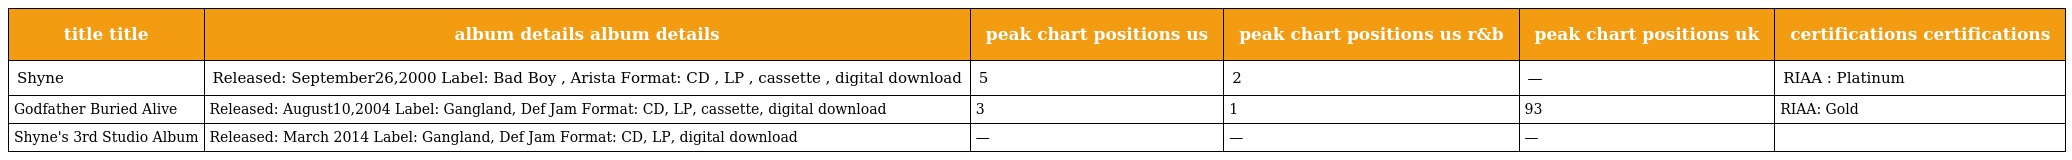
| title title | album details album details | peak chart positions us | peak chart positions us r&b | peak chart positions uk | certifications certifications |
 | --- | --- | --- | --- | --- | --- |
 | Shyne | Released: September26,2000 Label: Bad Boy , Arista Format: CD , LP , cassette , digital download | 5 | 2 | — | RIAA : Platinum |
 | Godfather Buried Alive | Released: August10,2004 Label: Gangland, Def Jam Format: CD, LP, cassette, digital download | 3 | 1 | 93 | RIAA: Gold |
 | Shyne's 3rd Studio Album | Released: March 2014 Label: Gangland, Def Jam Format: CD, LP, digital download | — | — | — |  |